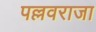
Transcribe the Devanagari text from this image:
पल्लवराजा